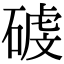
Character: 𥔮